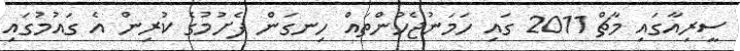
ސީރިއާގައި މާޗް 2011 ގައި ހަމަނުޖެހުންތައް ހިނގަން ފެށުމުގެ ކުރިން އެ ގައުމުގައި